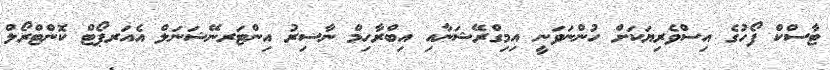
ޓާސްކް ފޯހުގެ އިސްވެރިޔަކަށް ހުންނަވަނީ އިމިގްރޭޝަނާއި އިބްރާހިމް ނާސިރު އިންޓަރނޭޝަނަލް އެއަރޕޯޓް ކޮންޓްރޯލް